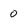
Character: 0